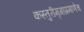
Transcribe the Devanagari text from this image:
कस्तुरीमृगाप्रमाणेच